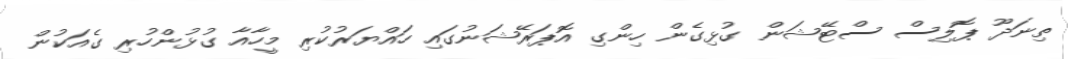
ތިނަދޫ ޕޮލިސް ސްޓޭޝަން ގުޅިގެން ހިންގި އޮޕަރޭޝަނުގައި ހައްޔަރުކުރި މީހާއާ ގުޅުންހުރި ގެއަކުން